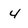
Character: 4